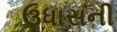
ઉધાસની